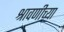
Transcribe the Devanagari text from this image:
श्रावणीच्या